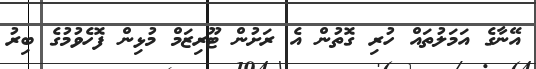
އޭނާގެ އަމަލުތައް ހުރި ގޮތުން އެ ރަށުން ޓޫރިޒަމް މުޅިން ފޮހެވުމުގެ ބިރު